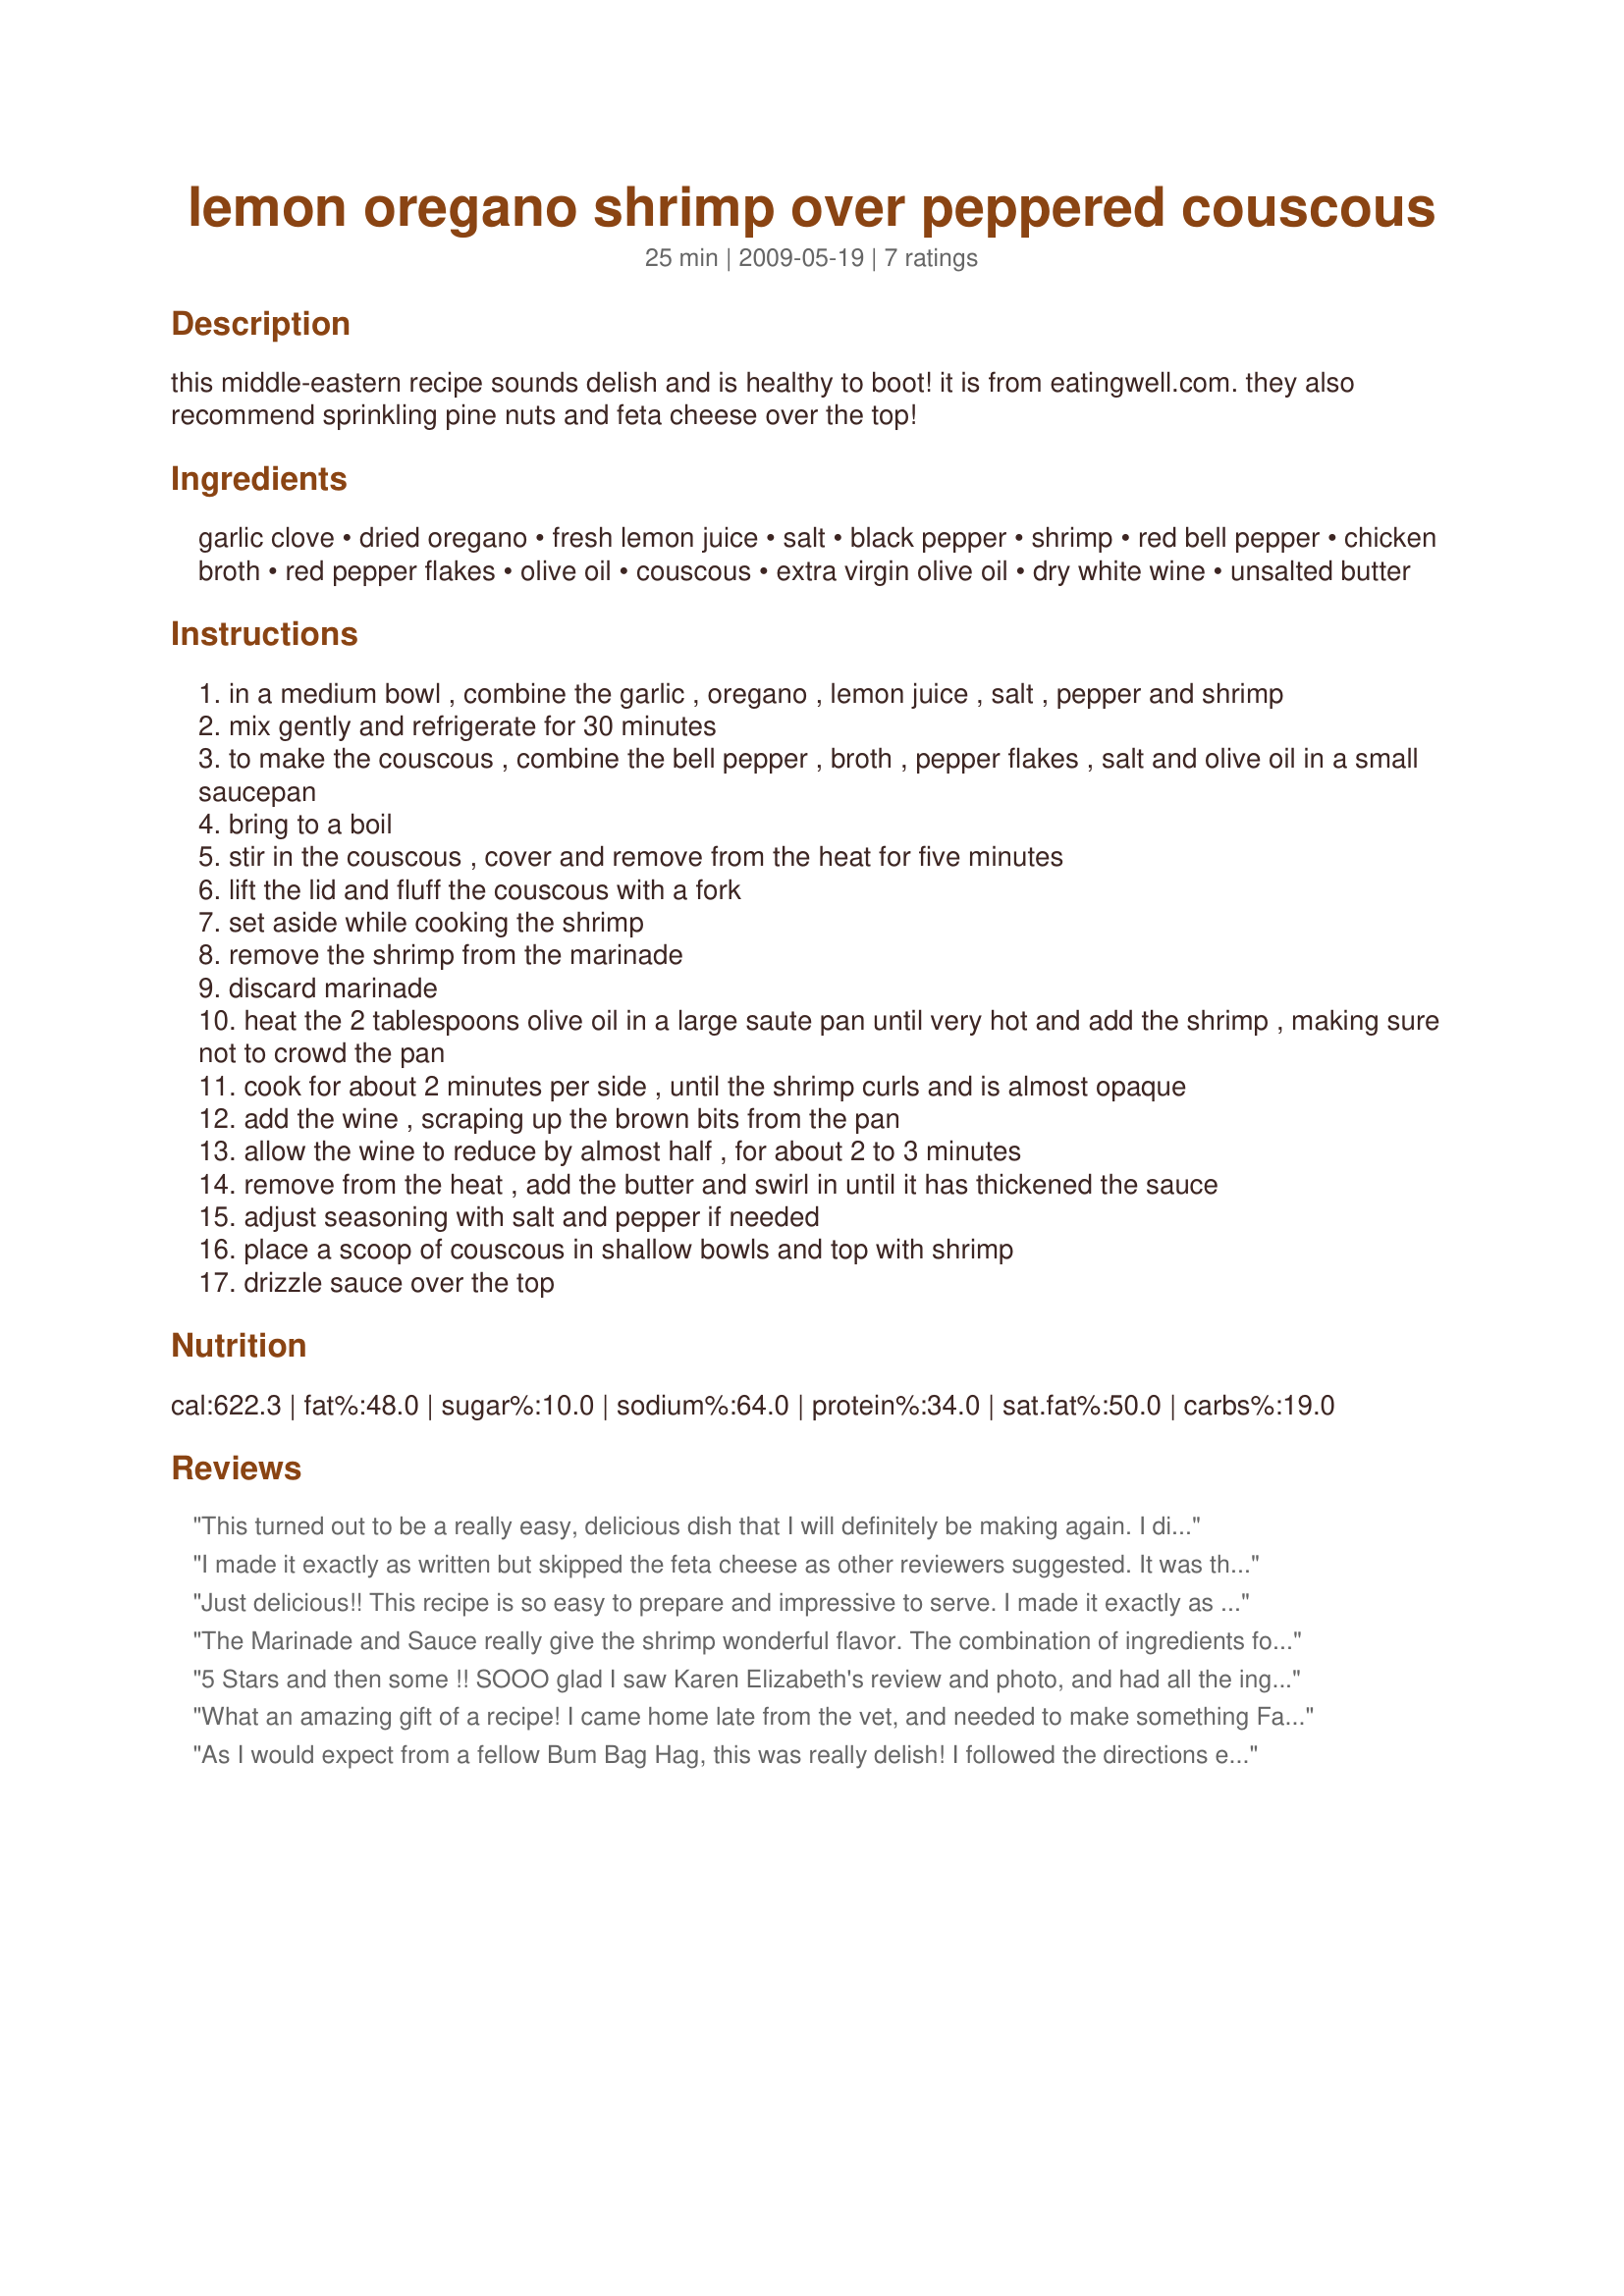
lemon oregano shrimp over peppered couscous
Preparation time: 25 minutes

this middle-eastern recipe sounds delish and is healthy to boot! it is from eatingwell.com. they also recommend sprinkling pine nuts and feta cheese over the top!

Ingredients:
garlic clove, dried oregano, fresh lemon juice, salt, black pepper, shrimp, red bell pepper, chicken broth, red pepper flakes, olive oil, couscous, extra virgin olive oil, dry white wine, unsalted butter

Steps:
in a medium bowl , combine the garlic , oregano , lemon juice , salt , pepper and shrimp
mix gently and refrigerate for 30 minutes
to make the couscous , combine the bell pepper , broth , pepper flakes , salt and olive oil in a small saucepan
bring to a boil
stir in the couscous , cover and remove from the heat for five minutes
lift the lid and fluff the couscous with a fork
set aside while cooking the shrimp
remove the shrimp from the marinade
discard marinade
heat the 2 tablespoons olive oil in a large saute pan until very hot and add the shrimp , making sure not to crowd the pan
cook for about 2 minutes per side , until the shrimp curls and is almost opaque
add the wine , scraping up the brown bits from the pan
allow the wine to reduce by almost half , for about 2 to 3 minutes
remove from the heat , add the butter and swirl in until it has thickened the sauce
adjust seasoning with salt and pepper if needed
place a scoop of couscous in shallow bowls and top with shrimp
drizzle sauce over the top

Reviews:
This turned out to be a really easy, delicious dish that I will definitely be making again. I did not add the feta or pine nuts and felt that the dish was flavorful enough without them. Thanks for posting this keeper!
I made it exactly as written but skipped the feta cheese as other reviewers suggested. It was the best recipe I've tried in a long time, absolutely delicious!
Just delicious!! This recipe is so easy to prepare and impressive to serve. I made it exactly as written and we enjoyed it so much.
I probably would increase the red pepper flakes next time, but it could be that the ones I used were not very potent. I also skipped the pine nuts and feta, it was perfect just the way it was. Thanks for posting! :)
The Marinade and Sauce really give the shrimp wonderful flavor. The combination of ingredients for the Couscous has plenty of flavor also and next time I would add some Feta cheese. Thanks JB. *Made for SSaSSy's ZWT 6.*
5 Stars and then some !! SOOO glad I saw Karen Elizabeth's review and photo, and had all the ingredients for tonight. This is a SUPER recipe -- and "goes to the top" as DH says ! My serving looks JUST like the photo ! I, too, would add a tad more lemon juice, but DH said it was perfect ! Thanks for posting, January Bride !
What an amazing gift of a recipe! I came home late from the vet, and needed to make something Fast, what I got was delectable, simple, impressive - and fast! A restaurant meal in a jiffy! If you haven't tried couscous, here is the ideal introduction.

The instructions here are spot on, the taste is out of this world. DH couldn't believe I turned this out in less than half an hour, and virtually no cleaning up in the kitchen afterwards!

For me, I might have added a little more lemon, because I adore that citrus tang, but for DH the lemon was perfect, now He would have liked a little more red pepper flakes!

The suggested pine nuts might be nice, but personally, I wouldn't add feta to this.
As I said... it's perfect as is!!!

This is a jewel of a recipe, thanks so much for sharing, JB!

Made for Aus/NZ swap#35
As I would expect from a fellow Bum Bag Hag, this was really delish! I followed the directions exactly, except for that I only had somewhat smaller shrimp. This resulted in the shrimp getting overcooked somewhat as the sauce reduced, but that is not the fault of the recipe! I didn't add any feta or pine nuts, and didn't miss them. Made for ZWT6, Whine and Cheese.
